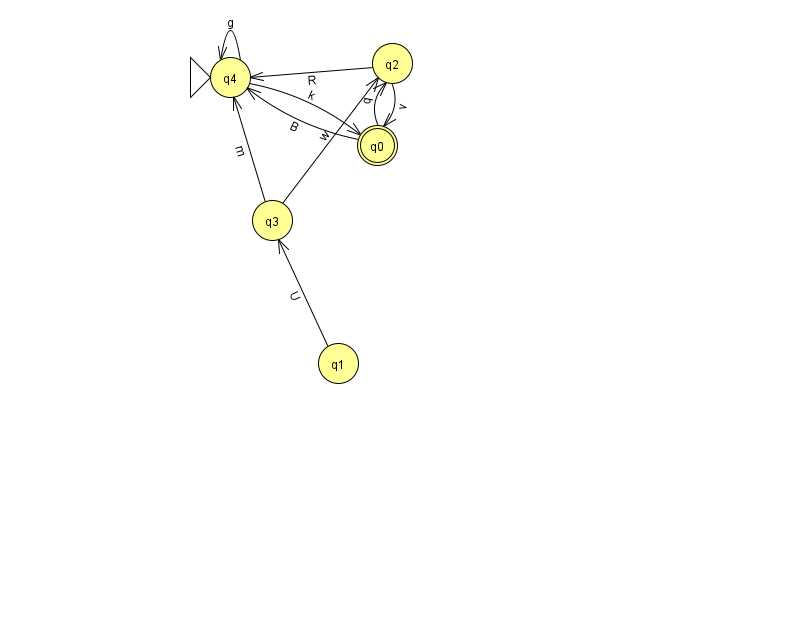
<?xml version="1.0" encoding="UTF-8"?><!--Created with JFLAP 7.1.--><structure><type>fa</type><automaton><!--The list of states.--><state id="0" name="q0"><x>377.0</x><y>132.0</y><final/></state><state id="1" name="q1"><x>338.0</x><y>350.0</y></state><state id="2" name="q2"><x>392.0</x><y>50.0</y></state><state id="3" name="q3"><x>272.0</x><y>207.0</y></state><state id="4" name="q4"><x>230.0</x><y>64.0</y><initial/></state><!--The list of transitions.--><transition><from>0</from><to>2</to><read>q</read></transition><transition><from>4</from><to>0</to><read>k</read></transition><transition><from>3</from><to>2</to><read>w</read></transition><transition><from>3</from><to>4</to><read>m</read></transition><transition><from>2</from><to>0</to><read>v</read></transition><transition><from>4</from><to>4</to><read>g</read></transition><transition><from>2</from><to>4</to><read>R</read></transition><transition><from>0</from><to>4</to><read>B</read></transition><transition><from>1</from><to>3</to><read>U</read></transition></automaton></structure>